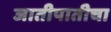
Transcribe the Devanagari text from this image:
जातीपातीचा